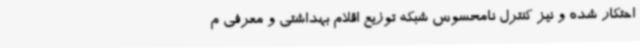
احتکار شده و نیز کنترل نامحسوس شبکه توزیع اقلام بهداشتی و معرفی م